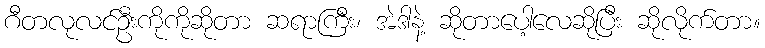
ဂီတလုလင်ဦးကိုကိုဆိုတာ ဆရာကြီး၊ အဲဒါနဲ့ ဆိုတာပေါ့လေဆိုပြီး ဆိုလိုက်တာ။